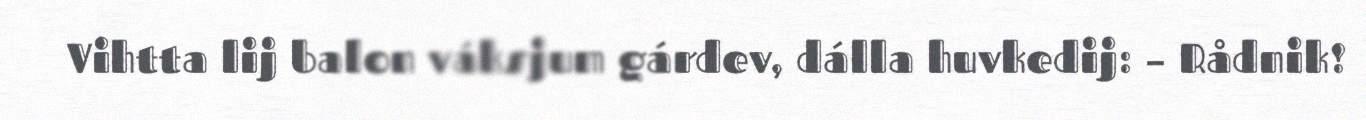
Vihtta lij balon váksjum gárdev, dálla huvkedij: – Rådnik!